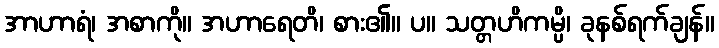
အာဟာရံ၊ အစာကို။ အဟာရေတိ၊ စား၏။ ပ။ သတ္တဟိကမ္ပိ၊ ခုနစ်ရက်ချန်။